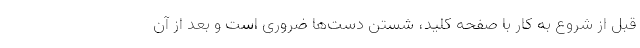
قبل از شروع به کار با صفحه کلید، شستن دست‌ها ضروری است و بعد از آن